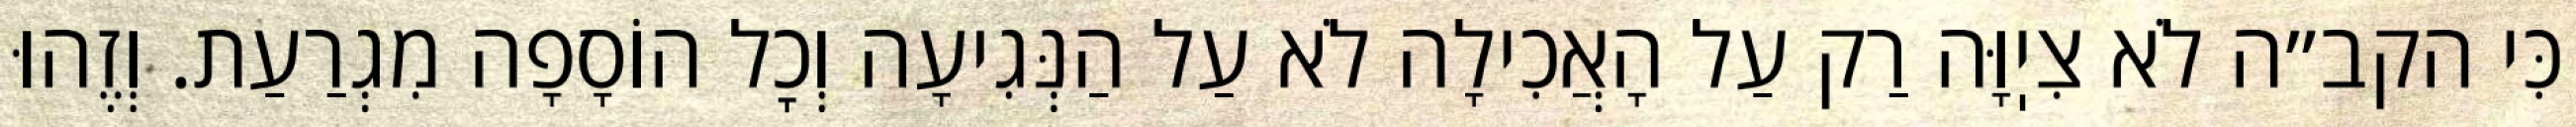
כִּי הקב״ה לֹא צִיֽוָּה רַק עַל הָאֲכִילָה לֹא עַל הַנְּגִיעָה וְכׇל הוֹסָפָה מִגְרַעַת. וְזֶהוּ